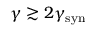
\gamma \gtrsim 2 \gamma _ { \mathrm { s y n } }